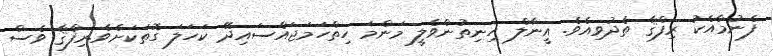
ފެނުމާއެކު ރިފްޤާ ތެދުވިއެވެ. އީނާލް ހިނިތުންވެލީ މަންމަ ހިތްހަމަޖައްސައިދޭ ކަހަލަ ގޮތަކަށެވެ.ރިފްޤާ ވެސް